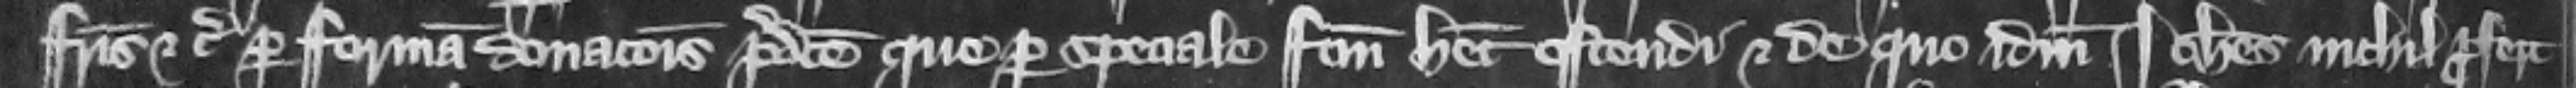
fratris etc. per formam donacionis predicte que per speciale factum habet ostendi et de quo idem Iohannes nichil profert